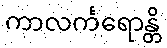
ကာလင်္ကရောန္တိ